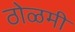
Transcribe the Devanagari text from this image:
ठोळमी